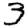
Digit: 3